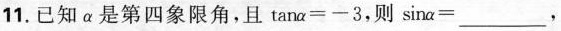
11.已知α是第四象限角，且$$t a n α = - 3$$，则$$s i n a= ___$$，